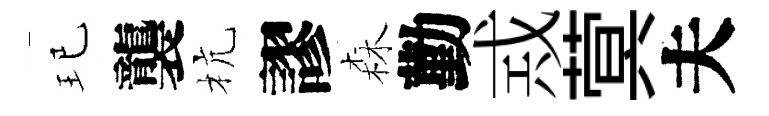
玘襲杭謬森勤𢦶蓂夫